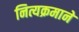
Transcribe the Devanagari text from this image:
नित्यक्रमाने